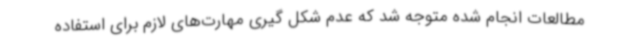
مطالعات انجام شده متوجه شد که عدم شکل گیری مهارت‌های لازم برای استفاده